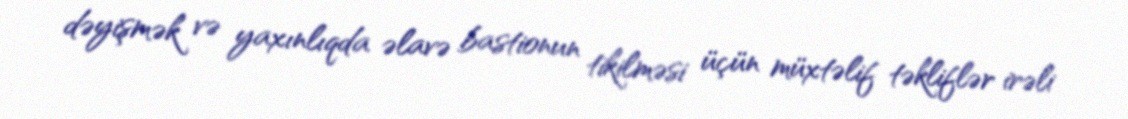
dəyişmək və yaxınlıqda əlavə bastionun tikilməsi üçün müxtəlif təkliflər irəli